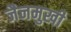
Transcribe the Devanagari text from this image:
जैनमुखी